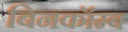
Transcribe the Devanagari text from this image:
बिनकॉम्ब